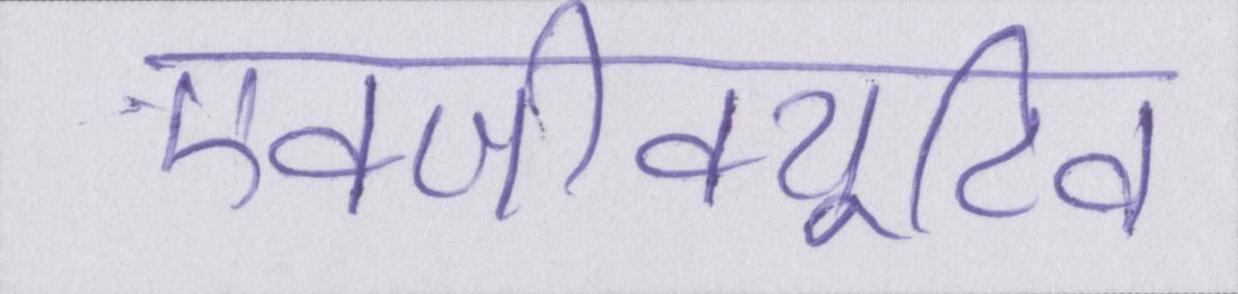
एक्जीक्यूटिव